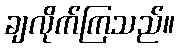
ချလိုက်ကြသည်။